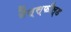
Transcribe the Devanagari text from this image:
मैन्स्फील्ड